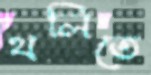
থলিতে